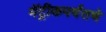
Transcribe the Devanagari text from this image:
मॅट्रीकपर्यंतचे